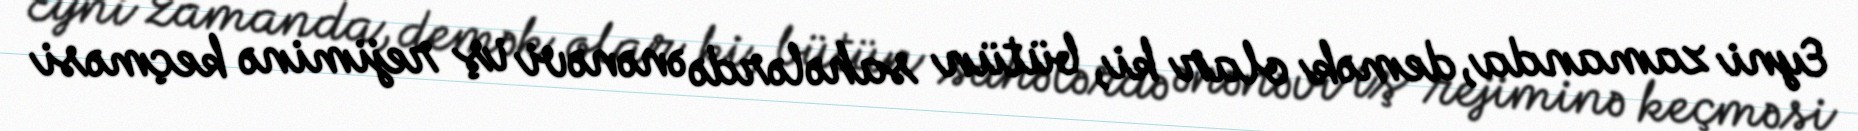
Eyni zamanda, demək olar ki, bütün sahələrdə ənənəvi iş rejiminə keçməsi